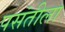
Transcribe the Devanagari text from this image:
पसंतीला